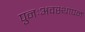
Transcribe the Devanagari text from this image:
पुनःअवस्थापन